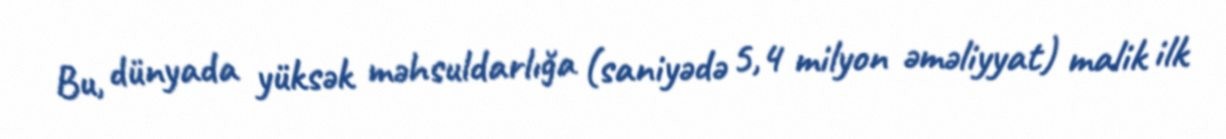
Bu, dünyada yüksək məhsuldarlığa (saniyədə 5,4 milyon əməliyyat) malik ilk